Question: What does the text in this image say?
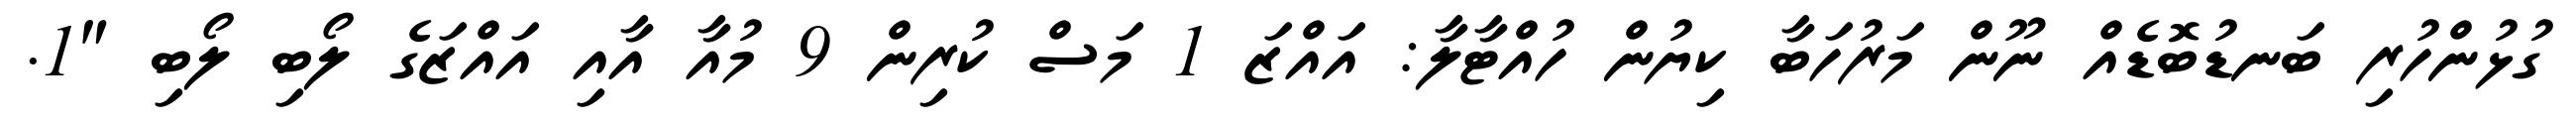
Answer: ގުޅުންހުރި ބަނޑުބޮޑެއް ނޫން މަރުހަބާ ކިޔުން ހުއްޓާލާ: އައްޒަ 1 މަސް ކުރިން 9 މުއާ އާއި އައްޒަގެ ލޯބި ލޯބި "1.